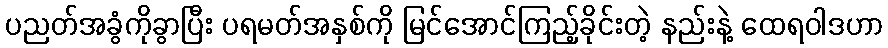
ပညတ်အခွံကိုခွာပြီး ပရမတ်အနှစ်ကို မြင်အောင်ကြည့်ခိုင်းတဲ့ နည်းနဲ့ ထေရဝါဒဟာ